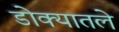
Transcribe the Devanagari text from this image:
डोक्यातले